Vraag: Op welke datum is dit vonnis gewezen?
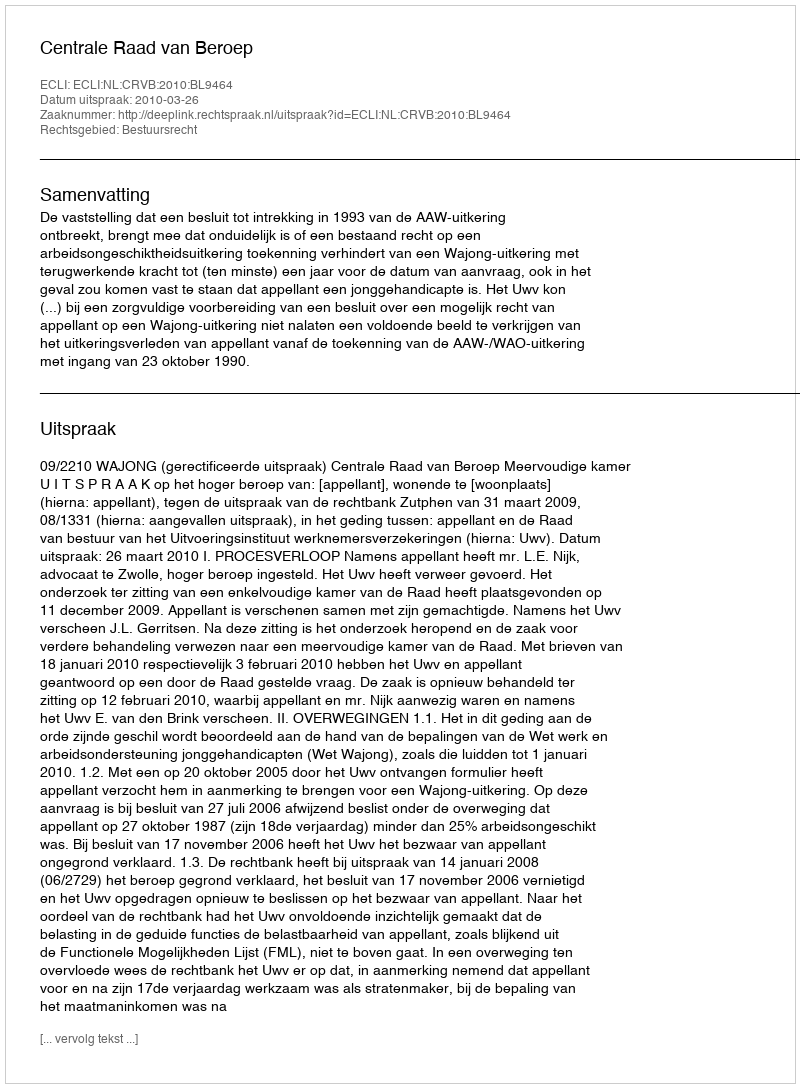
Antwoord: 2010-03-26